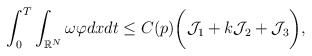
\begin{align*}&\int_0^T\int_{\mathbb{R}^{N}} \omega\varphi dx dt\leq C(p)\biggr(\mathcal{J}_1+k\mathcal{J}_2+\mathcal{J}_3\biggr),\end{align*}